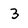
Character: 3